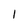
Character: 1